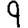
Digit: 9